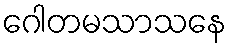
ဂေါတမသာသနေ